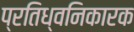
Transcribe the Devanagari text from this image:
प्रतिध्वनिकारक